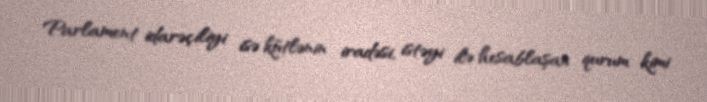
Parlament idarəçiliyi isə kütlənin iradəsi, istəyi ilə hesablaşan qurum kimi